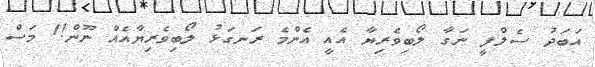
އަބަދު ސެލްފީ ނަގާ ލޯބިވެރިޔާ އެއީ އެންމެ ރަނގަޅު ލޯބިވެރިޔާއެއް ނޫން!1 މަސް